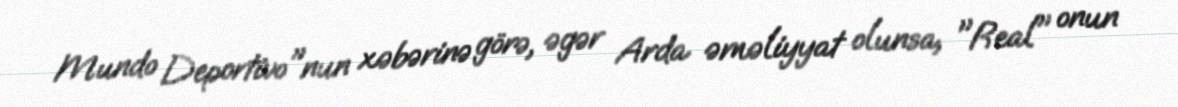
Mundo Deportivo"nun xəbərinə görə, əgər Arda əməliyyat olunsa, "Real" onun